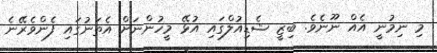
މި ނިމުނީ އެއް ނޫނެވެ. ބިޒީ ޝެޑިއުލްގައި އުޅޭ މީހުންނަށް އެތަނުގައި ފެންވެރޭނެ